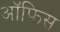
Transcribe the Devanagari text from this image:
अॉफिस